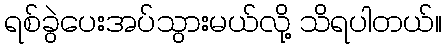
ရစ်ခွဲပေးအပ်သွားမယ်လို့ သိရပါတယ်။